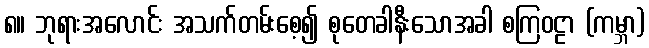
၈။ ဘုရားအလောင်း အသက်တမ်းစေ့၍ စုတေခါနီးသောအခါ စကြဝဠာ (ကမ္ဘာ)